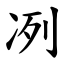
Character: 冽